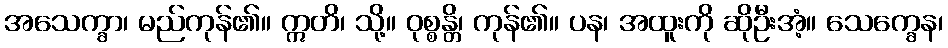
အသေက္ခာ၊ မည်ကုန်၏။ ဣတိ၊ သို့။ ဝုစ္စန္တိ၊ ကုန်၏။ ပန၊ အထူးကို ဆိုဦးအံ့။ သေက္ခေန၊